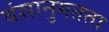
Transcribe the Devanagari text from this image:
वंशानुगतता